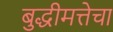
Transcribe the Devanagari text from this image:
बुद्धीमत्तेचा